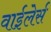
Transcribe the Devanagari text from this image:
वाईलेर्स